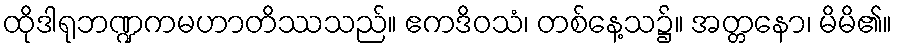
ထိုဒါရုဘဏ္ဍကမဟာတိဿသည်။ ဧကဒိဝသံ၊ တစ်နေ့သ၌။ အတ္တနော၊ မိမိ၏။